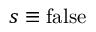
s \equiv \mathrm { f a l s e }